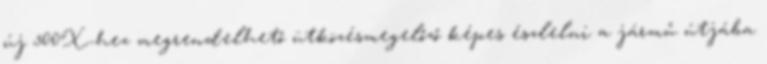
új 500X-hez megrendelhető ütközésmegelőző képes észlelni a jármű útjába